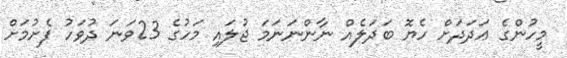
މީހުންގެ ޢަދަދަށް ހެޔޮ ބަދަލެއް ނާންނަނަމަ ޖުލައި މަހުގެ 23ވަނަ ދުވަހު ފެށުމަށް